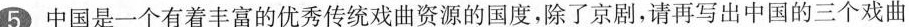
5 中国是一个有着丰富的优秀传统戏曲资源的国度，除了京剧，请再写出中国的三个戏曲